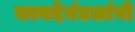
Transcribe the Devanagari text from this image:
कायदेमंडळांनी